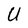
Character: U